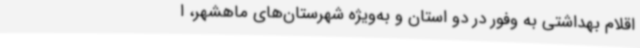
اقلام بهداشتی به وفور در دو استان و به‌ویژه شهرستان‌های ماهشهر، ا